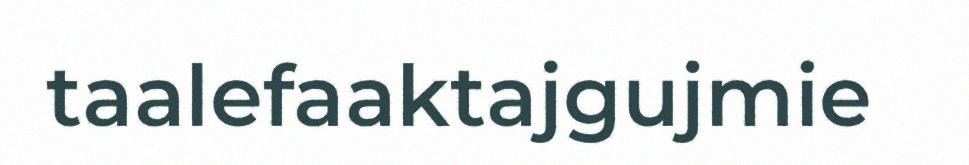
taalefaaktajgujmie